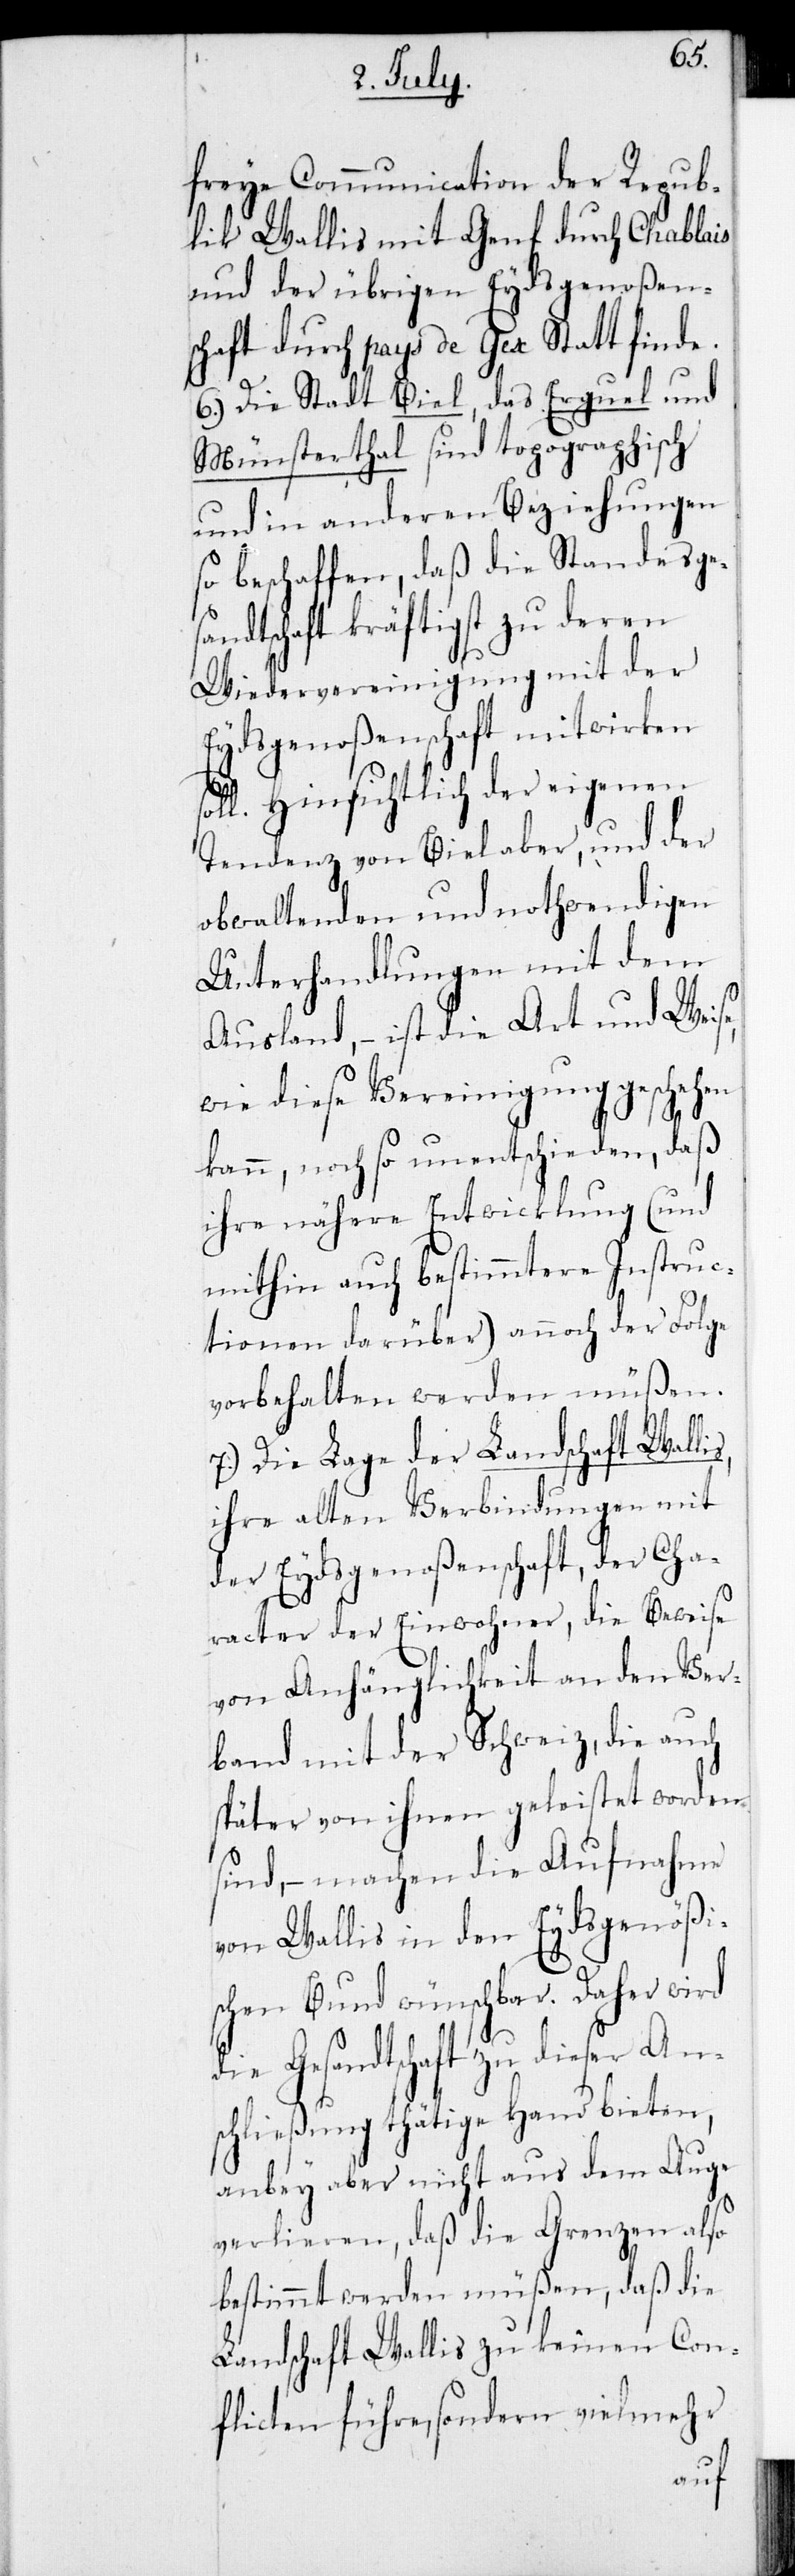
s,
freye Communication der Repub¬
lik Wallis mit Genf durch Chablais
und der übrigen Eydsgenoßen¬
schaft durch pays de Gex stattfinde.
6.) Die Stadt Biel, das Erguel und
Münsterthal sind toporaphisch
und in anderen Beziehungen
so beschaffen, daß die Standesges¬
andtschaft kräftigst zu deren
Wiedervereinigung mit der
Eydsgenoßenschaft mitwirken
oll. Hinsichtlich der eigenen
Tendenz von Biel aber, und der
obwaltenden und nothwendigen
Unterhandlungen mit dem
Ausland, – ist die Art und Weise,
wie diese Vereinigung geschehen
kann, noch so unentschieden, daß
ihre nähere Entwicklung (und
mithin auch bestimmten Instruc¬
tionen darüber) annoch der Folge
vorbehalten werden müßen.
7.) Die Lage der Landschaft Walli¬
ihre alten Verbindungen mit
der Eydsgenoßenschaft, der Cha¬
racter der Einwohner, die Beweise
von Anhänglichkeit an den Ver¬
band mit der Schweiz, die auch
später von ihnen geleistet worden
sind, – machen die Aufnahme
von Wallis in den Eydsgenößi¬
schen Bund wünschbar. Daher wird
die Gesandtschaft zu dieser An¬
schließung thätige Hand bieten,
anbey aber nicht aus dem Auge
verlieren, daß die Grenzen also
bestimmt werden müßen, daß die
Landschaft Wallis zu keinen Con¬
flicten führe, sondern vielmehr